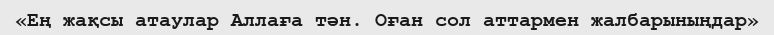
«Ең жақсы атаулар Аллаға тән. Оған сол аттармен жалбарыныңдар»